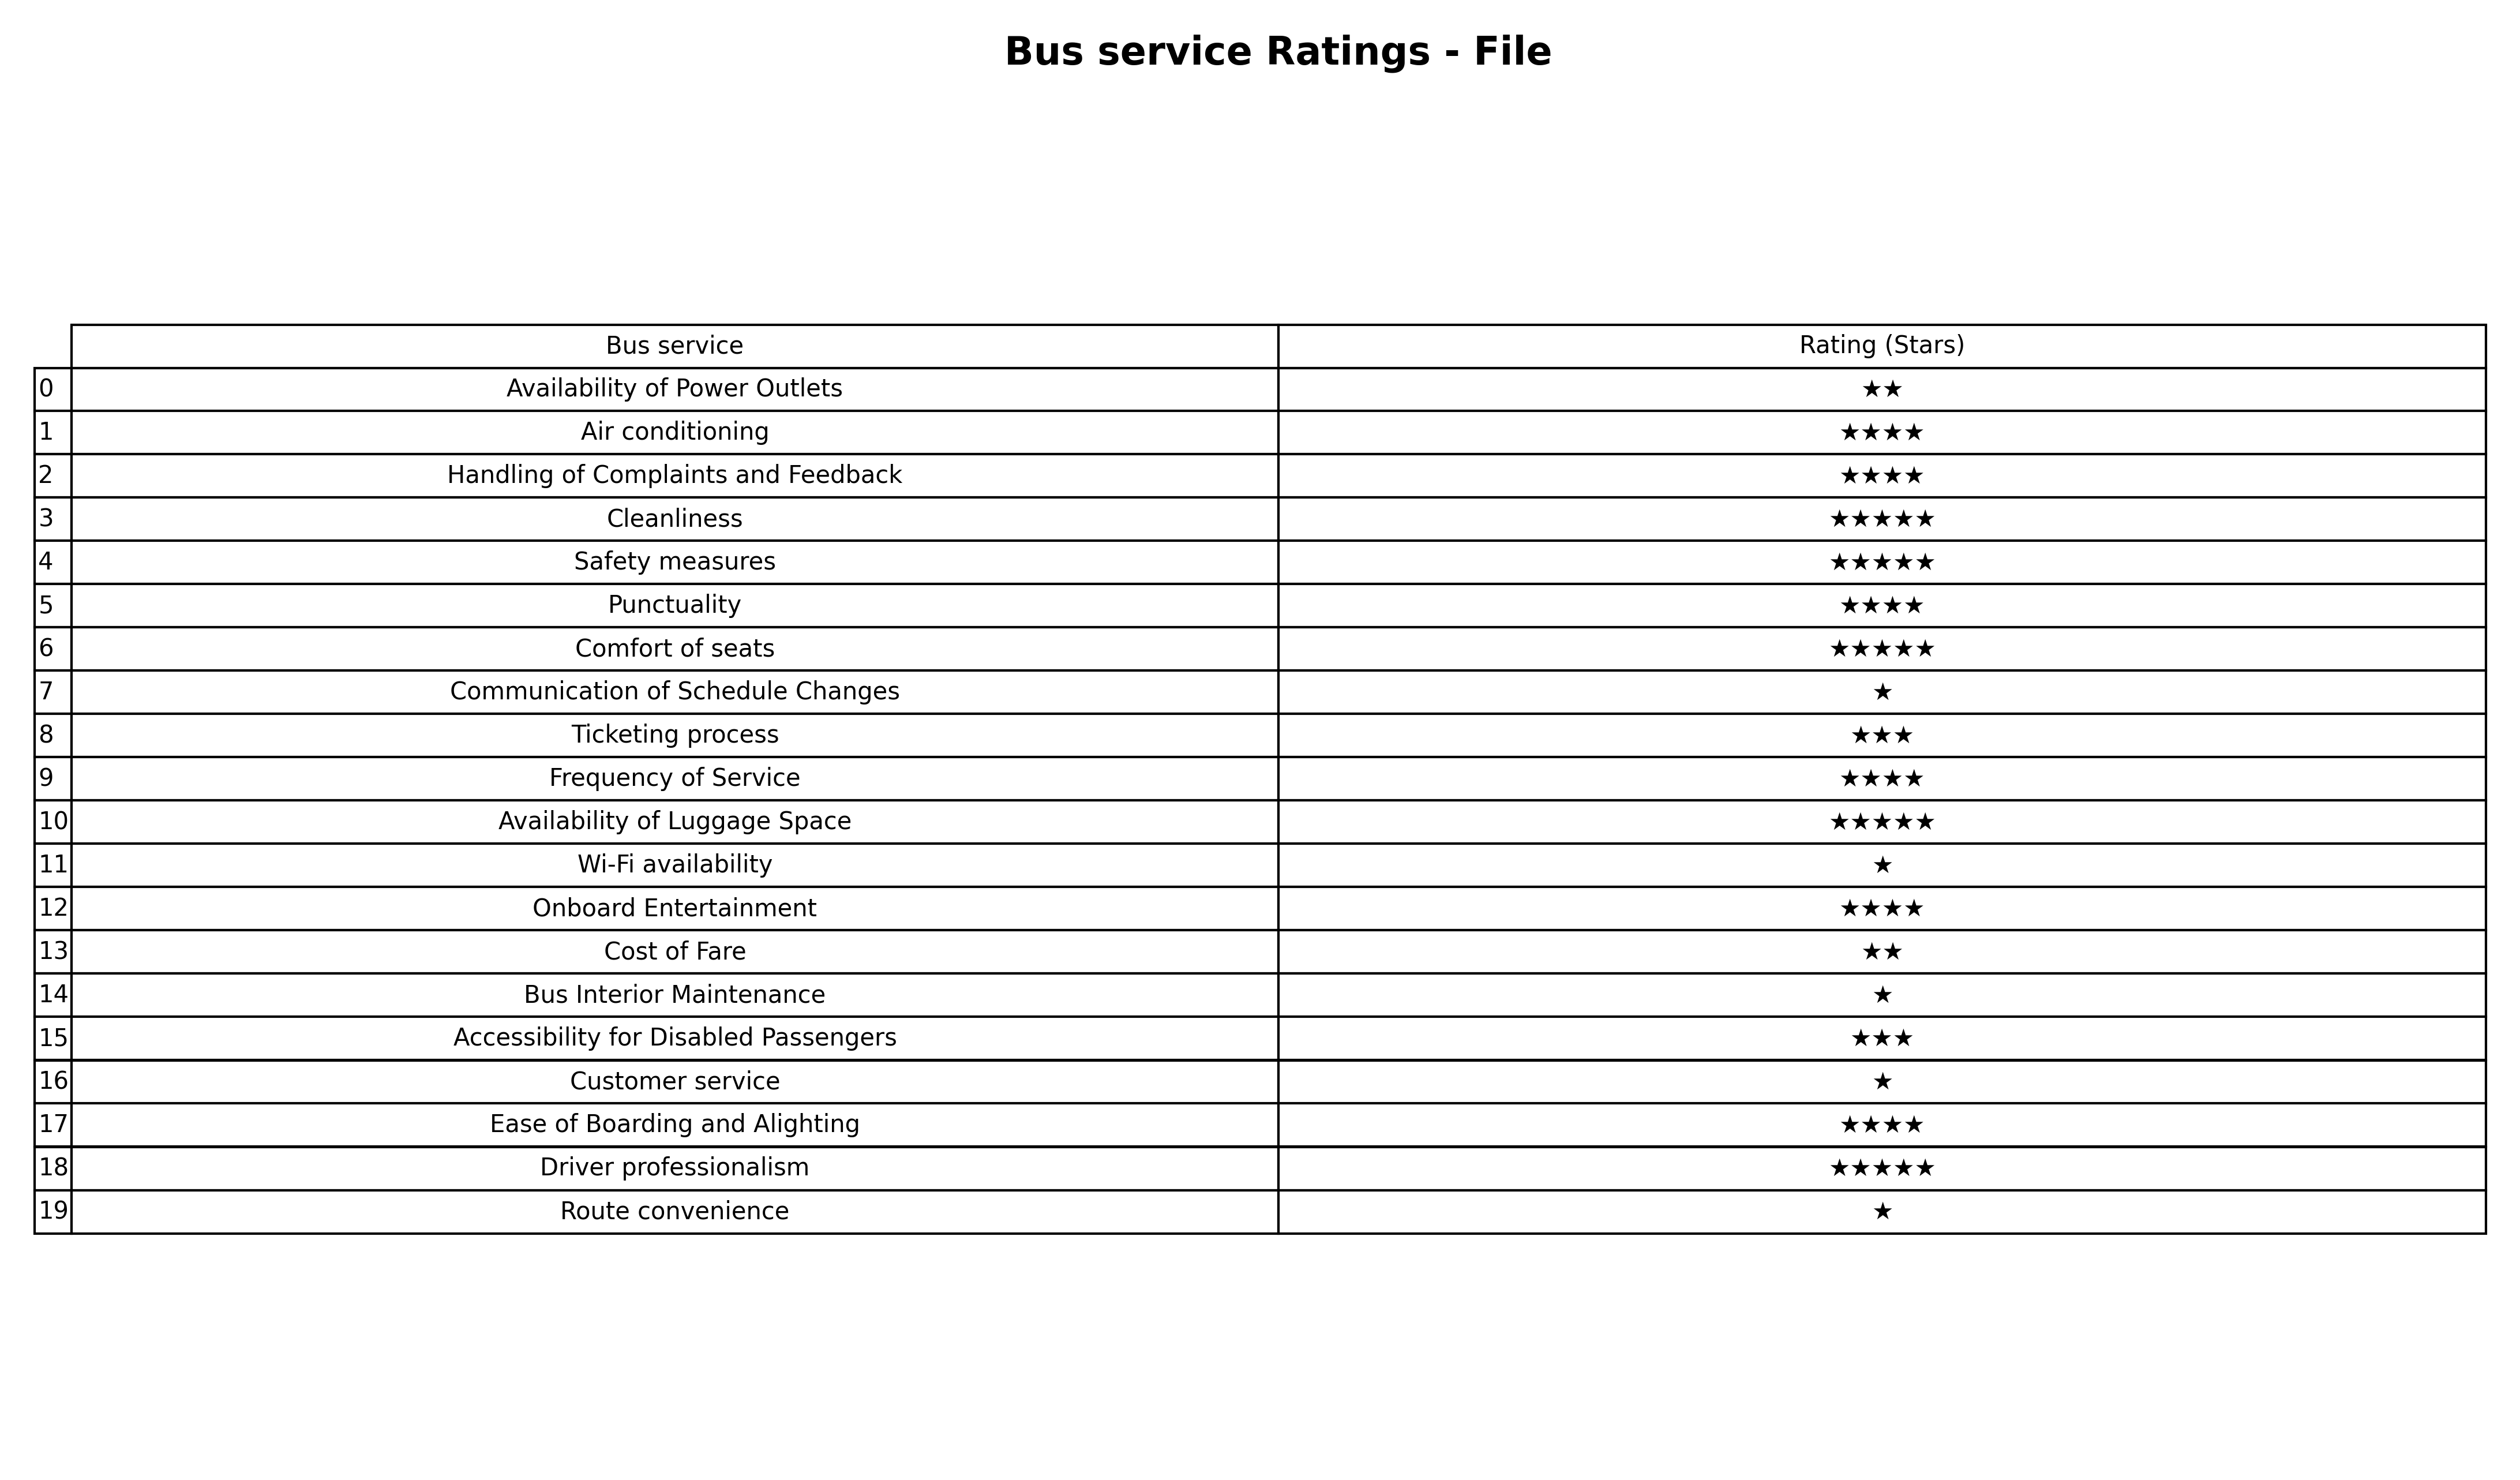
question: What are three star services?
answer: Ticketing processAccessibility for Disabled Passengers